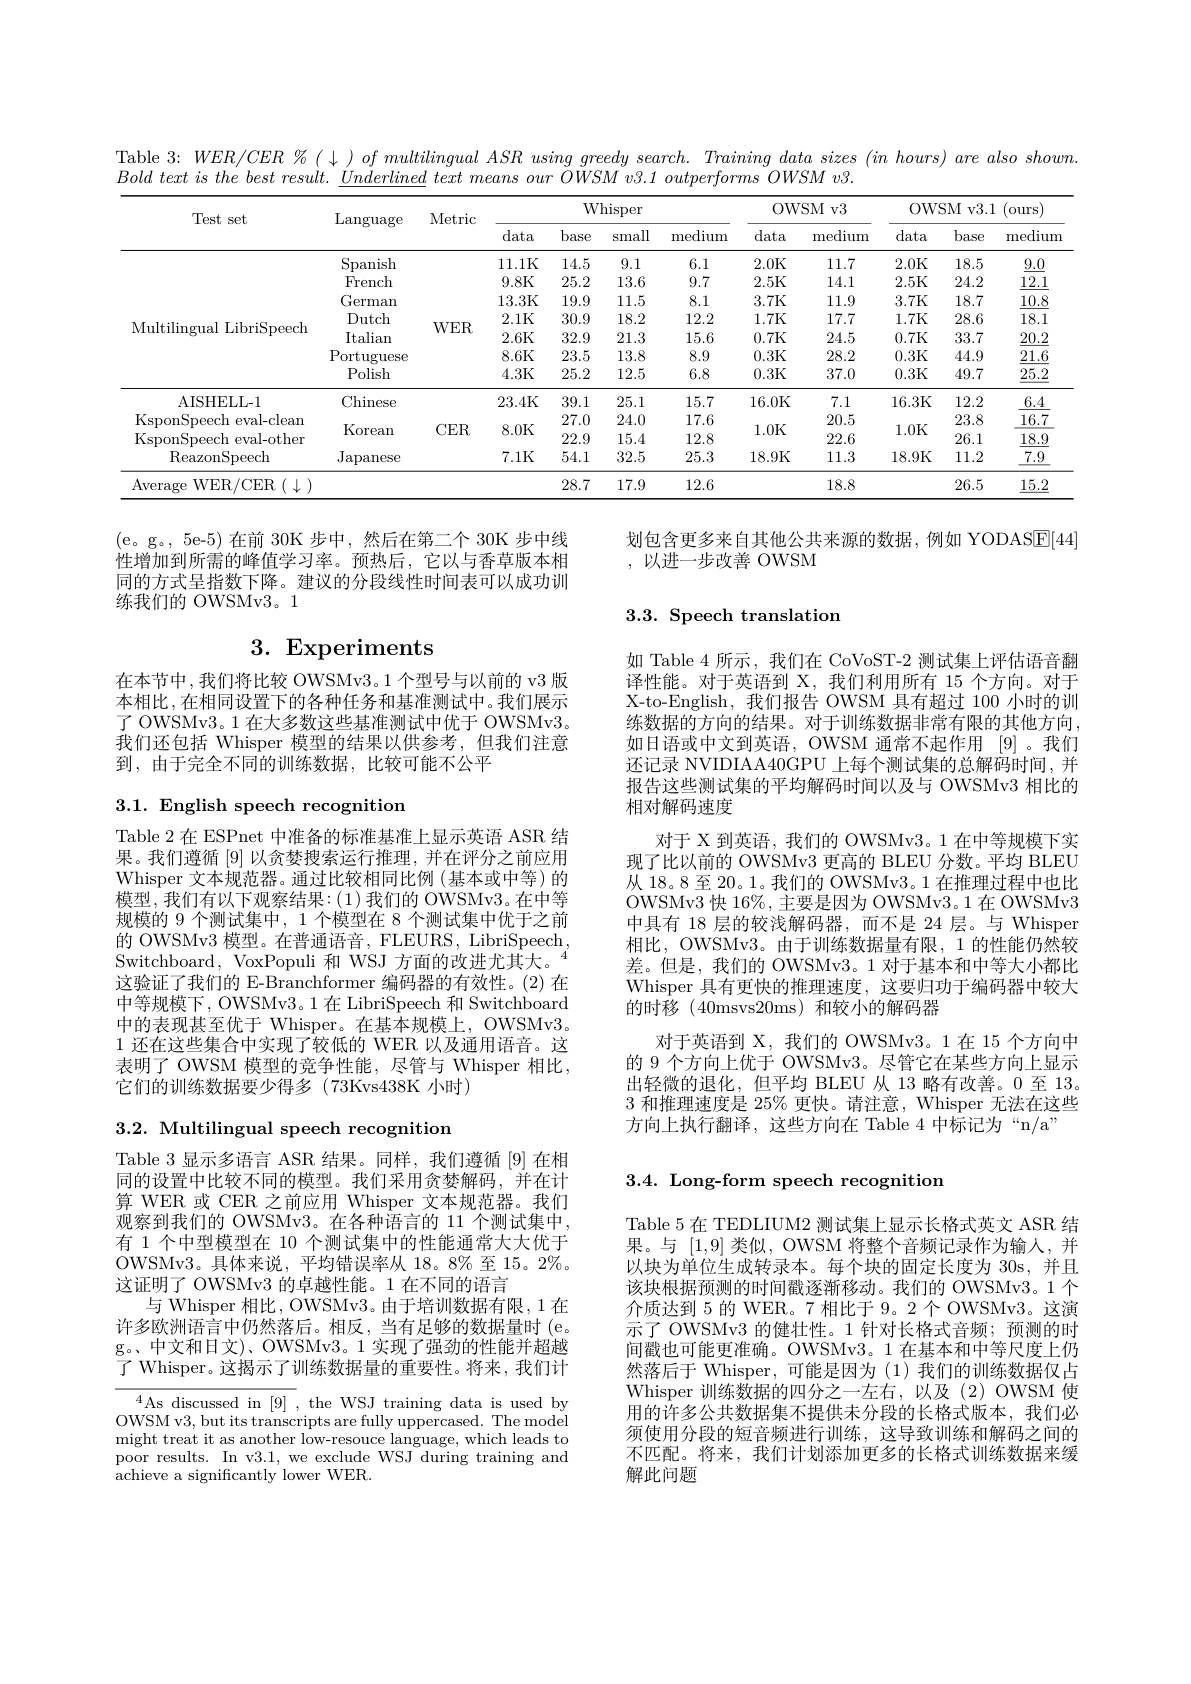
Table 3: $WER/ CER\% ( \downarrow ) of\textit{multilingual ASR using greedy search. Training data sizes ( in hours) are also shown}$
$Bold~text~is~the~best~result.~\underline{Underlined}~text~means~our~\overline{OWSM}~v3.1~outperforms~\overline{OWSM}~v3.$

<table>
	<tbody>
		<tr>
			<th rowspan="2">Test set</th>
			<th rowspan="2">$\operatorname{Language}$</th>
			<th rowspan="2">Metric</th>
			<th colspan="4">Whisper</th>
			<th colspan="2">OWSM v3</th>
			<th colspan="3">OWSM v3. 1 (ours)</th>
		</tr>
		<tr>
			<th>data</th>
			<th>base</th>
			<th>small</th>
			<th>medium</th>
			<th>data</th>
			<th>medium</th>
			<th>data</th>
			<th>base</th>
			<th>medium</th>
		</tr>
		<tr>
			<td rowspan="7">Multilingual LibriSpeech</td>
			<td>Spanish</td>
			<td> </td>
			<td>11.1K</td>
			<td>14.5</td>
			<td>9.1</td>
			<td>6.1</td>
			<td>2.0K</td>
			<td>11.7</td>
			<td>2.0K</td>
			<td>18.5</td>
			<td>$\underline{9.0}$</td>
		</tr>
		<tr>
			<td>French</td>
			<td> </td>
			<td>9.8K</td>
			<td>25.2</td>
			<td>13.6</td>
			<td>9.7</td>
			<td>2.5K</td>
			<td>14.1</td>
			<td>2.5K</td>
			<td>24.2</td>
			<td>12.1</td>
		</tr>
		<tr>
			<td>German</td>
			<td> </td>
			<td>13.3K</td>
			<td>19.9</td>
			<td>11.5</td>
			<td>8.1</td>
			<td>3.7K</td>
			<td>11.9</td>
			<td>3.7K</td>
			<td>18.7</td>
			<td>10.8</td>
		</tr>
		<tr>
			<td>Dutch</td>
			<td>TI</td>
			<td>2.1K</td>
			<td>30.9</td>
			<td>18.2</td>
			<td>12.2</td>
			<td>1.7K</td>
			<td>17.7</td>
			<td>1.7K</td>
			<td>28.6</td>
			<td>18.1</td>
		</tr>
		<tr>
			<td>$\operatorname{Italian}$</td>
			<td>vv Ln</td>
			<td>2.6K</td>
			<td>32.9</td>
			<td>21.3</td>
			<td>15.6</td>
			<td>0.7K</td>
			<td>24.5</td>
			<td>0.7K</td>
			<td>33.7</td>
			<td>20.2</td>
		</tr>
		<tr>
			<td>Portuguese</td>
			<td> </td>
			<td>8.6K</td>
			<td>23.5</td>
			<td>13.8</td>
			<td>8.9</td>
			<td>0.3K</td>
			<td>28.2</td>
			<td>0.3K</td>
			<td>44.9</td>
			<td>21.6</td>
		</tr>
		<tr>
			<td>Polish</td>
			<td> </td>
			<td>4.3K</td>
			<td>25.2</td>
			<td>12.5</td>
			<td>6.8</td>
			<td>0.3K</td>
			<td>37.0</td>
			<td>0.3K</td>
			<td>49.7</td>
			<td>$\underline{25.2}$</td>
		</tr>
		<tr>
			<td>AISHELL-1</td>
			<td>Chinese</td>
			<td> </td>
			<td>23.4K</td>
			<td>39.1</td>
			<td>25.1</td>
			<td>15.7</td>
			<td>16.0K</td>
			<td>7.1</td>
			<td>16.3K</td>
			<td>12.2</td>
			<td>6.4</td>
		</tr>
		<tr>
			<td>KsponSpeech eval- cleam</td>
			<td> </td>
			<td> </td>
			<td> </td>
			<td>27.0</td>
			<td>24.0</td>
			<td>17.6</td>
			<td> </td>
			<td>20.5</td>
			<td> </td>
			<td>23.8</td>
			<td>16.7</td>
		</tr>
		<tr>
			<td>KsponSpeech eval- other</td>
			<td>KOTean</td>
			<td>$UER.$</td>
			<td>$\mathbf{S}.\mathbf{U}\mathbf{N}$</td>
			<td>22.9</td>
			<td>15.4</td>
			<td>12.8</td>
			<td>1.0</td>
			<td>22.6</td>
			<td>1.0h</td>
			<td>26.1</td>
			<td>18.9</td>
		</tr>
		<tr>
			<td>ReazonSpeech</td>
			<td>Japanese</td>
			<td> </td>
			<td>7.1K</td>
			<td>54.1</td>
			<td>32.5</td>
			<td>25.3</td>
			<td>18.9K</td>
			<td>11.3</td>
			<td>18.9K</td>
			<td>11.2</td>
			<td>$\underline{7.9}$</td>
		</tr>
		<tr>
			<td>Average WER/CER $i(\downarrow)$</td>
			<td> </td>
			<td> </td>
			<td> </td>
			<td>28.7</td>
			<td>17.9</td>
			<td>12.6</td>
			<td> </td>
			<td>18.8</td>
			<td> </td>
			<td>26.5</td>
			<td>15.2</td>
		</tr>
	</tbody>
</table>

划包含更多来自其他公共来源的数据，例如 YODASE[44]
,以进一步改善 OWSM

(e。g。,5e-5)在前 30K步中，然后在第二个 30K 步中线性增加到所需的峰值学习率。预热后，它以与香草版本相同的方式呈指数下降。建议的分段线性时间表可以成功训练我们的 OWSMv3。1

$3. 3. \textbf{Speech translation}$

# 3. Experiments

在本节中，我们将比较 OWSMv3。1 个型号与以前的 v3 版本相比，在相同设置下的各种任务和基准测试中。我们展示了 OWSMv3。1 在大多数这些基准测试中优于 OWSMv3。我们还包括 Whisper 模型的结果以供参考，但我们注意到，由于完全不同的训练数据，比较可能不公平

3.1. English speech recognition

如 Table 4 所示，我们在 CoVoST-2 测试集上评估语音翻译性能。对于英语到 X, 我们利用所有 15 个方向。对于X-to-English,我们报告 OWSM 具有超过 100 小时的训练数据的方向的结果。对于训练数据非常有限的其他方向， 如日语或中文到英语，OWSM 通常不起作用 [9]。我们还记录 NVIDIAA40GPU 上每个测试集的总解码时间，并报告这些测试集的平均解码时间以及与 OWSMv3 相比的相对解码速度
对于 X 到英语，我们的 OWSMv3。1 在中等规模下实现了比以前的 OWSMv3 更高的 BLEU 分数。平均 BLEU 从 18。8 至 20。1。我们的 OWSMv3。1 在推理过程中也比OWSMv3 快 16%, 主要是因为 OWSMv3。1 在 OWSMv3中具有 18 层的较浅解码器，而不是 24 层。与 Whisper 相比，OWSMv3。由于训练数据量有限，1 的性能仍然较差。但是，我们的 OWSMv3。1 对于基本和中等大小都比Whisper 具有更快的推理速度，这要归功于编码器中较大的时移(40msvs20ms)和较小的解码器
对于英语到 X, 我们的 OWSMv3。1 在 15 个方向中的 9 个方向上优于 OWSMv3。尽管它在某些方向上显示出轻微的退化，但平均 BLEU 从 13 略有改善。0 至 13。3和推理速度是 25% 更快。请注意，Whisper 无法在这些方向上执行翻译，这些方向在 Table 4 中标记为“n/a”

Table 2 在 ESPnet 中准备的标准基准上显示英语 ASR 结果。我们遵循[9]以贪婪搜索运行推理，并在评分之前应用Whisper 文本规范器。通过比较相同比例 (基本或中等)的模型，我们有以下观察结果：(1)我们的 OWSMv3。在中等规模的 9 个测试集中，1 个模型在 8 个测试集中优于之前的 OWSMv3 模型。在普通语音，FLEURS, LibriSpeech, Switchboard, VoxPopuli 和 WSJ 方面的改进尤其大。
这验证了我们的 E-Branchformer 编码器的有效性。(2)在中等规模下，OWSMv3。1 在 LibriSpeech 和 Switchboard 中的表现甚至优于 Whisper。在基本规模上，OWSMv3。1 还在这些集合中实现了较低的 WER 以及通用语音。这表明了 OWSM 模型的竞争性能，尽管与 Whisper 相比， 它们的训练数据要少得多(73Kvs438K 小时)

3.2. Multilingual speech recognition

3.4. Long-form speech recognition

Table 3 显示多语言 ASR 结果。同样，我们遵循 [9]在相同的设置中比较不同的模型。我们采用贪婪解码，并在计算 WER 或 CER 之前应用 Whisper 文本规范器。我们观察到我们的 OWSMv3。在各种语言的 11 个测试集中， 有 1 个中型模型在 10 个测试集中的性能通常大大优于OWSMv3。具体来说，平均错误率从 18。8% 至 15。2%。这证明了 OWSMv3 的卓越性能。1 在不同的语言
与 Whisper 相比，OWSMv3。由于培训数据有限，1 在许多欧洲语言中仍然落后。相反，当有足够的数据量时(e. g。、中文和日文)、OWSMv3。1 实现了强劲的性能并超越了 Whisper。这揭示了训练数据量的重要性。将来，我们计

Table 5 在 TEDLIUM2 测试集上显示长格式英文 ASR 结果。与[1,9]类似，OWSM 将整个音频记录作为输人，并以块为单位生成转录本。每个块的固定长度为 30s, 并且该块根据预测的时间戳逐渐移动。我们的 OWSMv3。1个介质达到 5 的 WER。7 相比于 9。2 个 OWSMv3。这演示了 OWSMv3 的健壮性。1 针对长格式音频；预测的时间戳也可能更准确。OWSMv3。1 在基本和中等尺度上仍然落后于 Whisper,可能是因为(1)我们的训练数据仅占Whisper 训练数据的四分之一左右，以及(2)OWSM 使用的许多公共数据集不提供未分段的长格式版本，我们必须使用分段的短音频进行训练，这导致训练和解码之间的不匹配。将来，我们计划添加更多的长格式训练数据来缓解此问题

$^{4}$As discussed in [9] , the WSJ training data is used by$^{4}$OWSM v3, but its transcripts are fully uppercased. The model might treat it as another low-resouce language, which leads to poor results. In v3.1, we exclude WSJ during training and achieve a significantly lower WER.